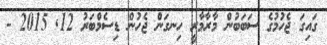
ގައިގަ ޖެހުމުގެ ސަބަބުން މާރާމާރީ ހިނގަން ޖެހުން ޑިސެމްބަރު 12